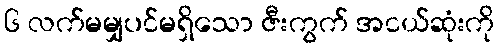
၆ လက်မမျှပင်မရှိသော ဇီးကွက် အငယ်ဆုံးကို